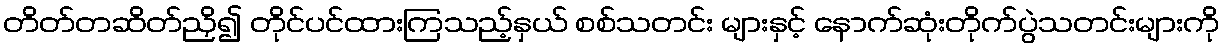
တိတ်တဆိတ်ညှိ၍ တိုင်ပင်ထားကြသည့်နှယ် စစ်သတင်း များနှင့် နောက်ဆုံးတိုက်ပွဲသတင်းများကို